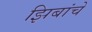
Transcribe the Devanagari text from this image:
झिबांचे